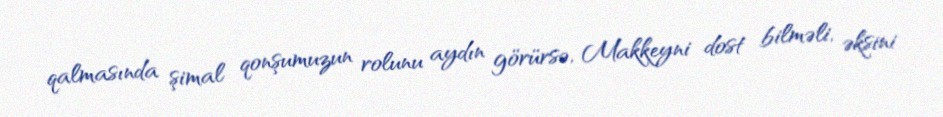
qalmasında şimal qonşumuzun rolunu aydın görürsə, Makkeyni dost bilməli, əksini